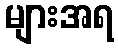
များအရ